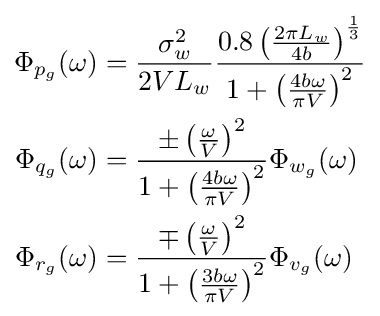
{\begin{aligned}\Phi _{p_{g}}(\omega )&={\frac {\sigma _{w}^{2}}{2VL_{w}}}{\frac {0.8\left({\frac {2\pi L_{w}}{4b}}\right)^{\frac {1}{3}}}{1+\left({\frac {4b\omega }{\pi V}}\right)^{2}}}\\\Phi _{q_{g}}(\omega )&={\frac {\pm \left({\frac {\omega }{V}}\right)^{2}}{1+\left({\frac {4b\omega }{\pi V}}\right)^{2}}}\Phi _{w_{g}}(\omega )\\\Phi _{r_{g}}(\omega )&={\frac {\mp \left({\frac {\omega }{V}}\right)^{2}}{1+\left({\frac {3b\omega }{\pi V}}\right)^{2}}}\Phi _{v_{g}}(\omega )\end{aligned}}